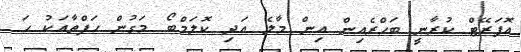
އޮޕަރޭޓް ކުރާނީ ބަހްރެއިން އިން މާލެ އަދި ކޮލަމްބޯ މަގުން ހަފްތާއަކު ހަ